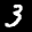
Label: 3